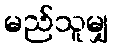
မည်သူမျှ